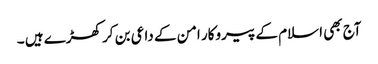
آج بھی اسلام کے پیروکار امن کے داعی بن کر کھڑے ہیں ۔